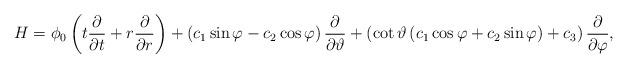
LaTeX: \begin{align*} H={{\phi }_{0}}\left( t\frac{\partial }{\partial t}+r\frac{\partial }{\partial r} \right)+\left( {{c}_{1}}\sin \varphi -{{c}_{2}}\cos \varphi \right)\frac{\partial }{\partial \vartheta }+\left( \cot \vartheta \left( {{c}_{1}}\cos \varphi +{{c}_{2}}\sin \varphi \right)+{{c}_{3}} \right)\frac{\partial }{\partial \varphi },\end{align*}